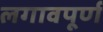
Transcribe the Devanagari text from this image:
लगावपूर्ण